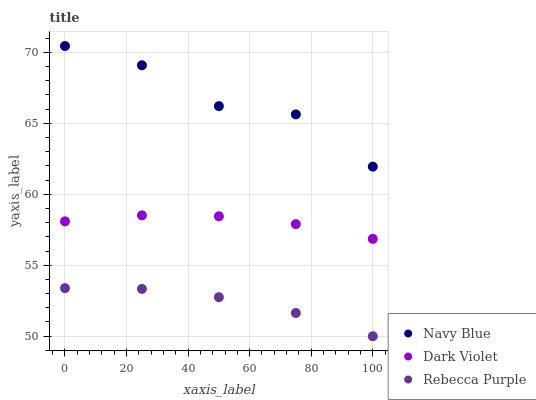
| xaxis_label | Navy Blue | Dark Violet | Rebecca Purple |
 | --- | --- | --- | --- |
 | 0 | 70.4 | 58.1 | 53.4 |
 | 25 | 69.1 | 58.5 | 53.3 |
 | 50 | 66.2 | 58.4 | 52.7 |
 | 75 | 65.6 | 57.9 | 51.6 |
 | 100 | 61.9 | 56.9 | 50 |